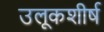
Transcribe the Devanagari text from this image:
उलूकशीर्ष